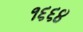
૧૬૬૪